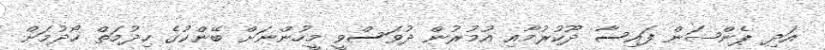
އަދި ޕެންޝަން ފައިސާ ދޫކުރުމާއި އުމުރުން ދުވަސްވީ މީހުންނަށް ބޭންކުގެ ހިދުމަތް ހޯދުމަށް